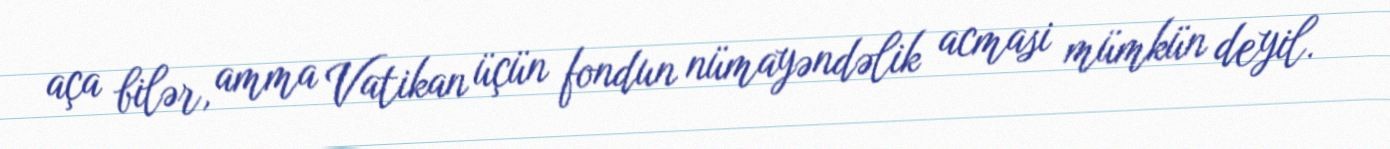
aça bilər, amma Vatikan üçün fondun nümayəndəlik acmasi mümkün deyil.